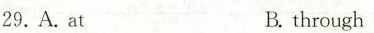
29.A.atB.through